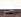
هو